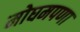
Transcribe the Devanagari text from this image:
मोघमपणा